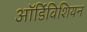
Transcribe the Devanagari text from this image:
ऑर्डिविशियन